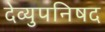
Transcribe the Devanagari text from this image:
देव्युपनिषद